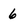
Character: 6